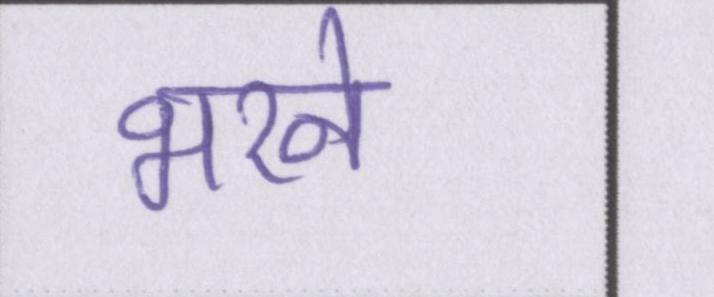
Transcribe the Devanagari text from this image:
भरने